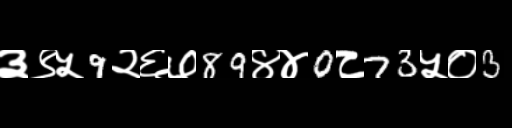
Text: ३९५9२६७89४४0८73५०3